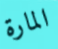
المارة